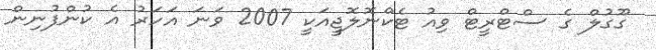
ގޫގުލް ގެ ސްޓްރީޓް ވިއު ޓެކްނޮލޮޖީއަކީ 2007 ވަނަ އަހަރު އެ ކުންފުނިން